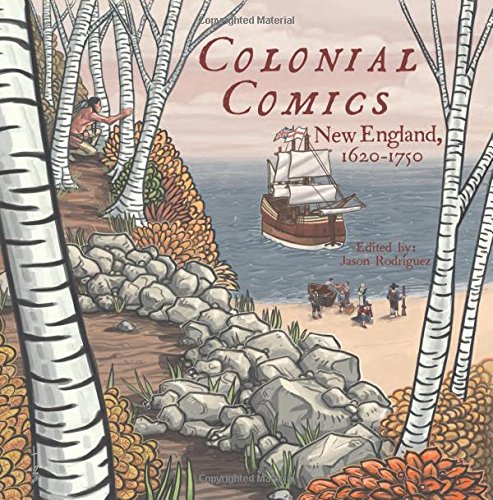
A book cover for Colonial Comics: New England, 1620 EE 1750; Children's Books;